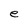
Character: e